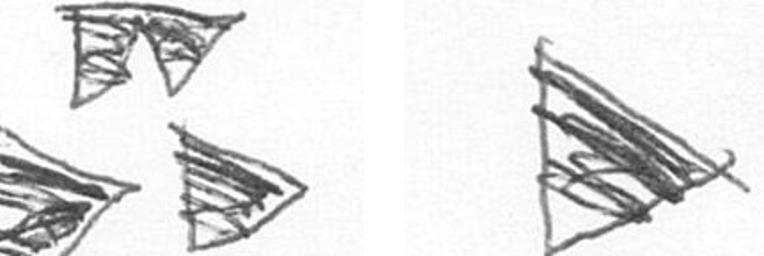
B T